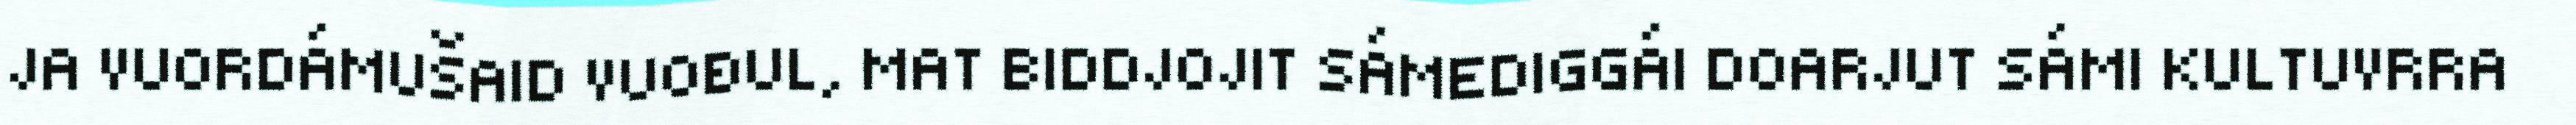
JA VUORDÁMUŠAID VUOĐUL, MAT BIDDJOJIT SÁMEDIGGÁI DOARJUT SÁMI KULTUVRRA